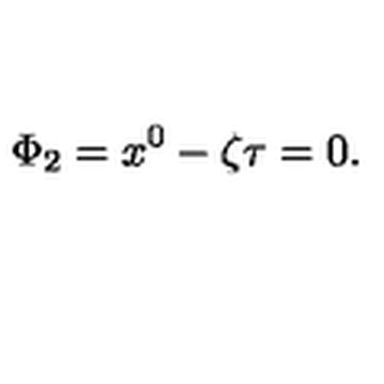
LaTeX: \Phi _ { 2 } = x ^ { 0 } - \zeta \tau = 0 .